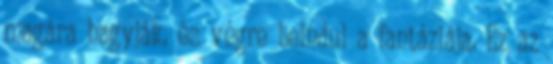
magára hagyják, és végre beindul a fantáziája. Ez az